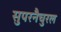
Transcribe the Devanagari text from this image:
सुपरनैचुरल